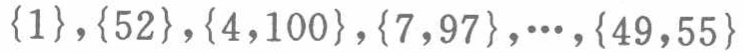
$\{1\},\{52\},\{4,100\},\{7,97\},\cdots,\{49,55\}$